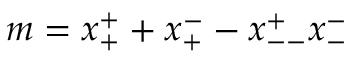
m = x _ { + } ^ { + } + x _ { + } ^ { - } - x _ { -- } ^ { + } x _ { - } ^ { - }